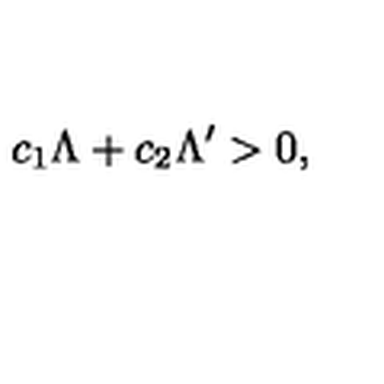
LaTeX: c _ { 1 } \Lambda + c _ { 2 } \Lambda ^ { \prime } > 0 ,